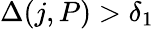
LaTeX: \Delta(j,P)>\delta_{1}